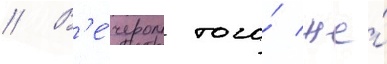
// В'е́чером того́ же́